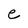
Character: e